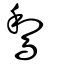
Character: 𪁐